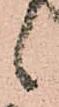
候